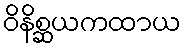
ဝိနိစ္ဆယကထာယ